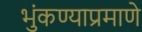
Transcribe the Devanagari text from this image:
भुंकण्याप्रमाणे